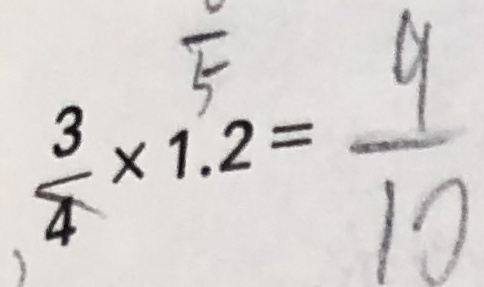
\frac { 3 } { 4 } \times 1 . 2 = \frac { 9 } { 1 0 }